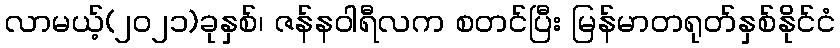
လာမယ့်(၂၀၂၁)ခုနှစ်၊ ဇန်နဝါရီလက စတင်ပြီး မြန်မာတရုတ်နှစ်နိုင်ငံ